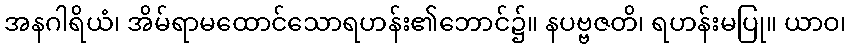
အနဂါရိယံ၊ အိမ်ရာမထောင်သောရဟန်း၏ဘောင်၌။ နပဗ္ဗဇတိ၊ ရဟန်းမပြု။ ယာဝ၊